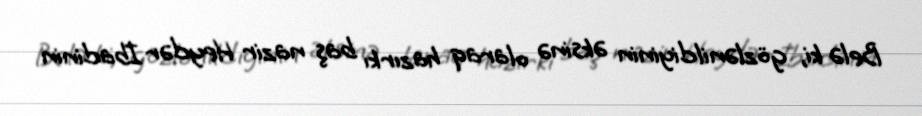
Belə ki, gözlənildiyinin əksinə olaraq hazırkı baş nazir Heydər İbadinin